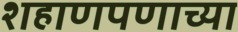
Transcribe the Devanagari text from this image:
शहाणपणाच्या